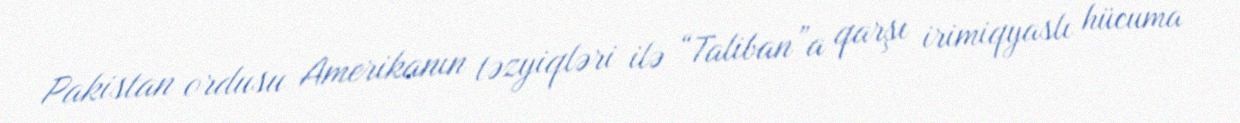
Pakistan ordusu Amerikanın təzyiqləri ilə “Taliban”a qarşı irimiqyaslı hücuma